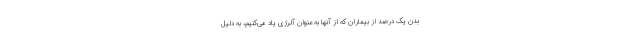
بدن یک درصد از بیماران که از آنها به عنوان آلرژی یاد می‌کنیم، به دلیل